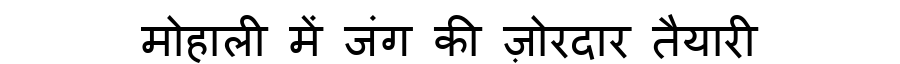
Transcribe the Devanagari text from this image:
मोहाली में जंग की ज़ोरदार तैयारी